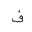
Letter: _fa